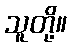
သူတို့။